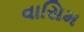
વાસિમ